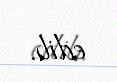
edib.